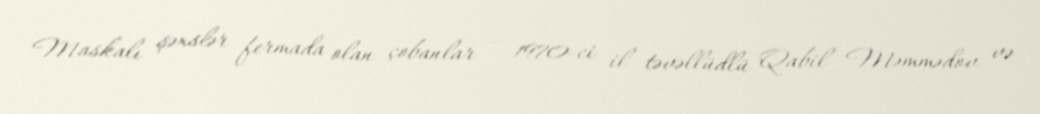
Maskalı şəxslər fermada olan çobanlar – 1970-ci il təvəllüdlü Qabil Məmmədov və